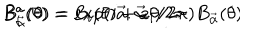
B _ { \vec { \alpha } } ^ { a } ( \theta ) = e x p ( i \vec { a } . \vec { \alpha } \, \theta / 2 \pi ) B _ { \vec { \alpha } } ( \theta ) \hspace { . 6 i n } B _ { i } ^ { a } ( \theta ) = B _ { i } ( \theta ) + a _ { i } / 2 \pi